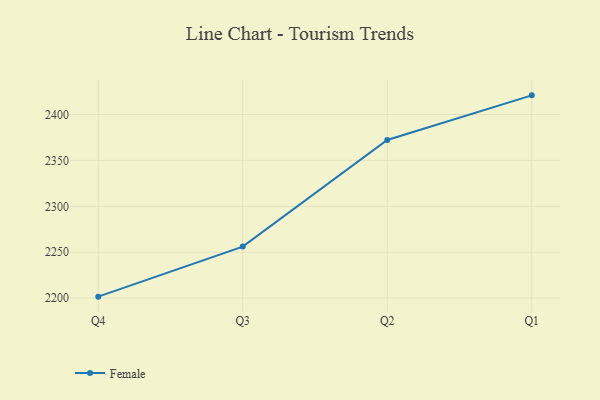
{"axis": {"x": "Quarter", "y": "Bounce Rate (%)"}, "legend": ["Female"], "data": [{"x": "Q4", "y": 2201.6, "type": "Female"}, {"x": "Q3", "y": 2256.1, "type": "Female"}, {"x": "Q2", "y": 2372.3, "type": "Female"}, {"x": "Q1", "y": 2420.9, "type": "Female"}]}